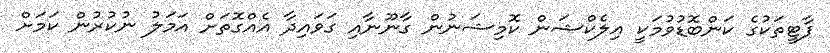
ޕާޓީތަކުގެ ކަންބޮޑުވުމަކީ އިލެކްޝަން ކޮމިޝަނުން ގާނޫނާއި ގަވައިދާ އެއްގޮތަށް އަމަލު ނުކުރުން ކަމަށް